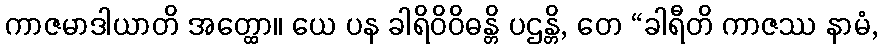
ကာဇမာဒါယာတိ အတ္ထော။ ယေ ပန ခါရိဝိဝိဓန္တိ ပဌန္တိ, တေ “ခါရီတိ ကာဇဿ နာမံ,